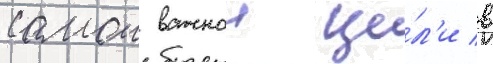
самои важнои це́л'и в